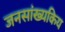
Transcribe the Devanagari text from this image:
जनसांख्यकिय